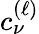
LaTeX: c_{\nu}^{(\ell)}